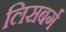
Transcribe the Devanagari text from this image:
लिसबर्ग